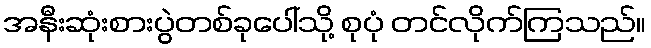
အနီးဆုံးစားပွဲတစ်ခုပေါ်သို့ စုပုံ တင်လိုက်ကြသည်။